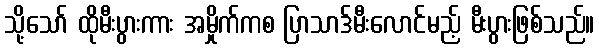
သို့သော် ထိုမီးပွားကား အမှိုက်ကစ ပြာသာဒ်မီးလောင်မည့် မီးပွားဖြစ်သည်။